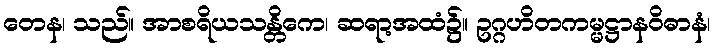
တေန၊ သည်။ အာစရိယသန္တိကေ၊ ဆရာ့အထံ၌။ ဥဂ္ဂဟိတကမ္မဋ္ဌာနဝိဓာနံ၊